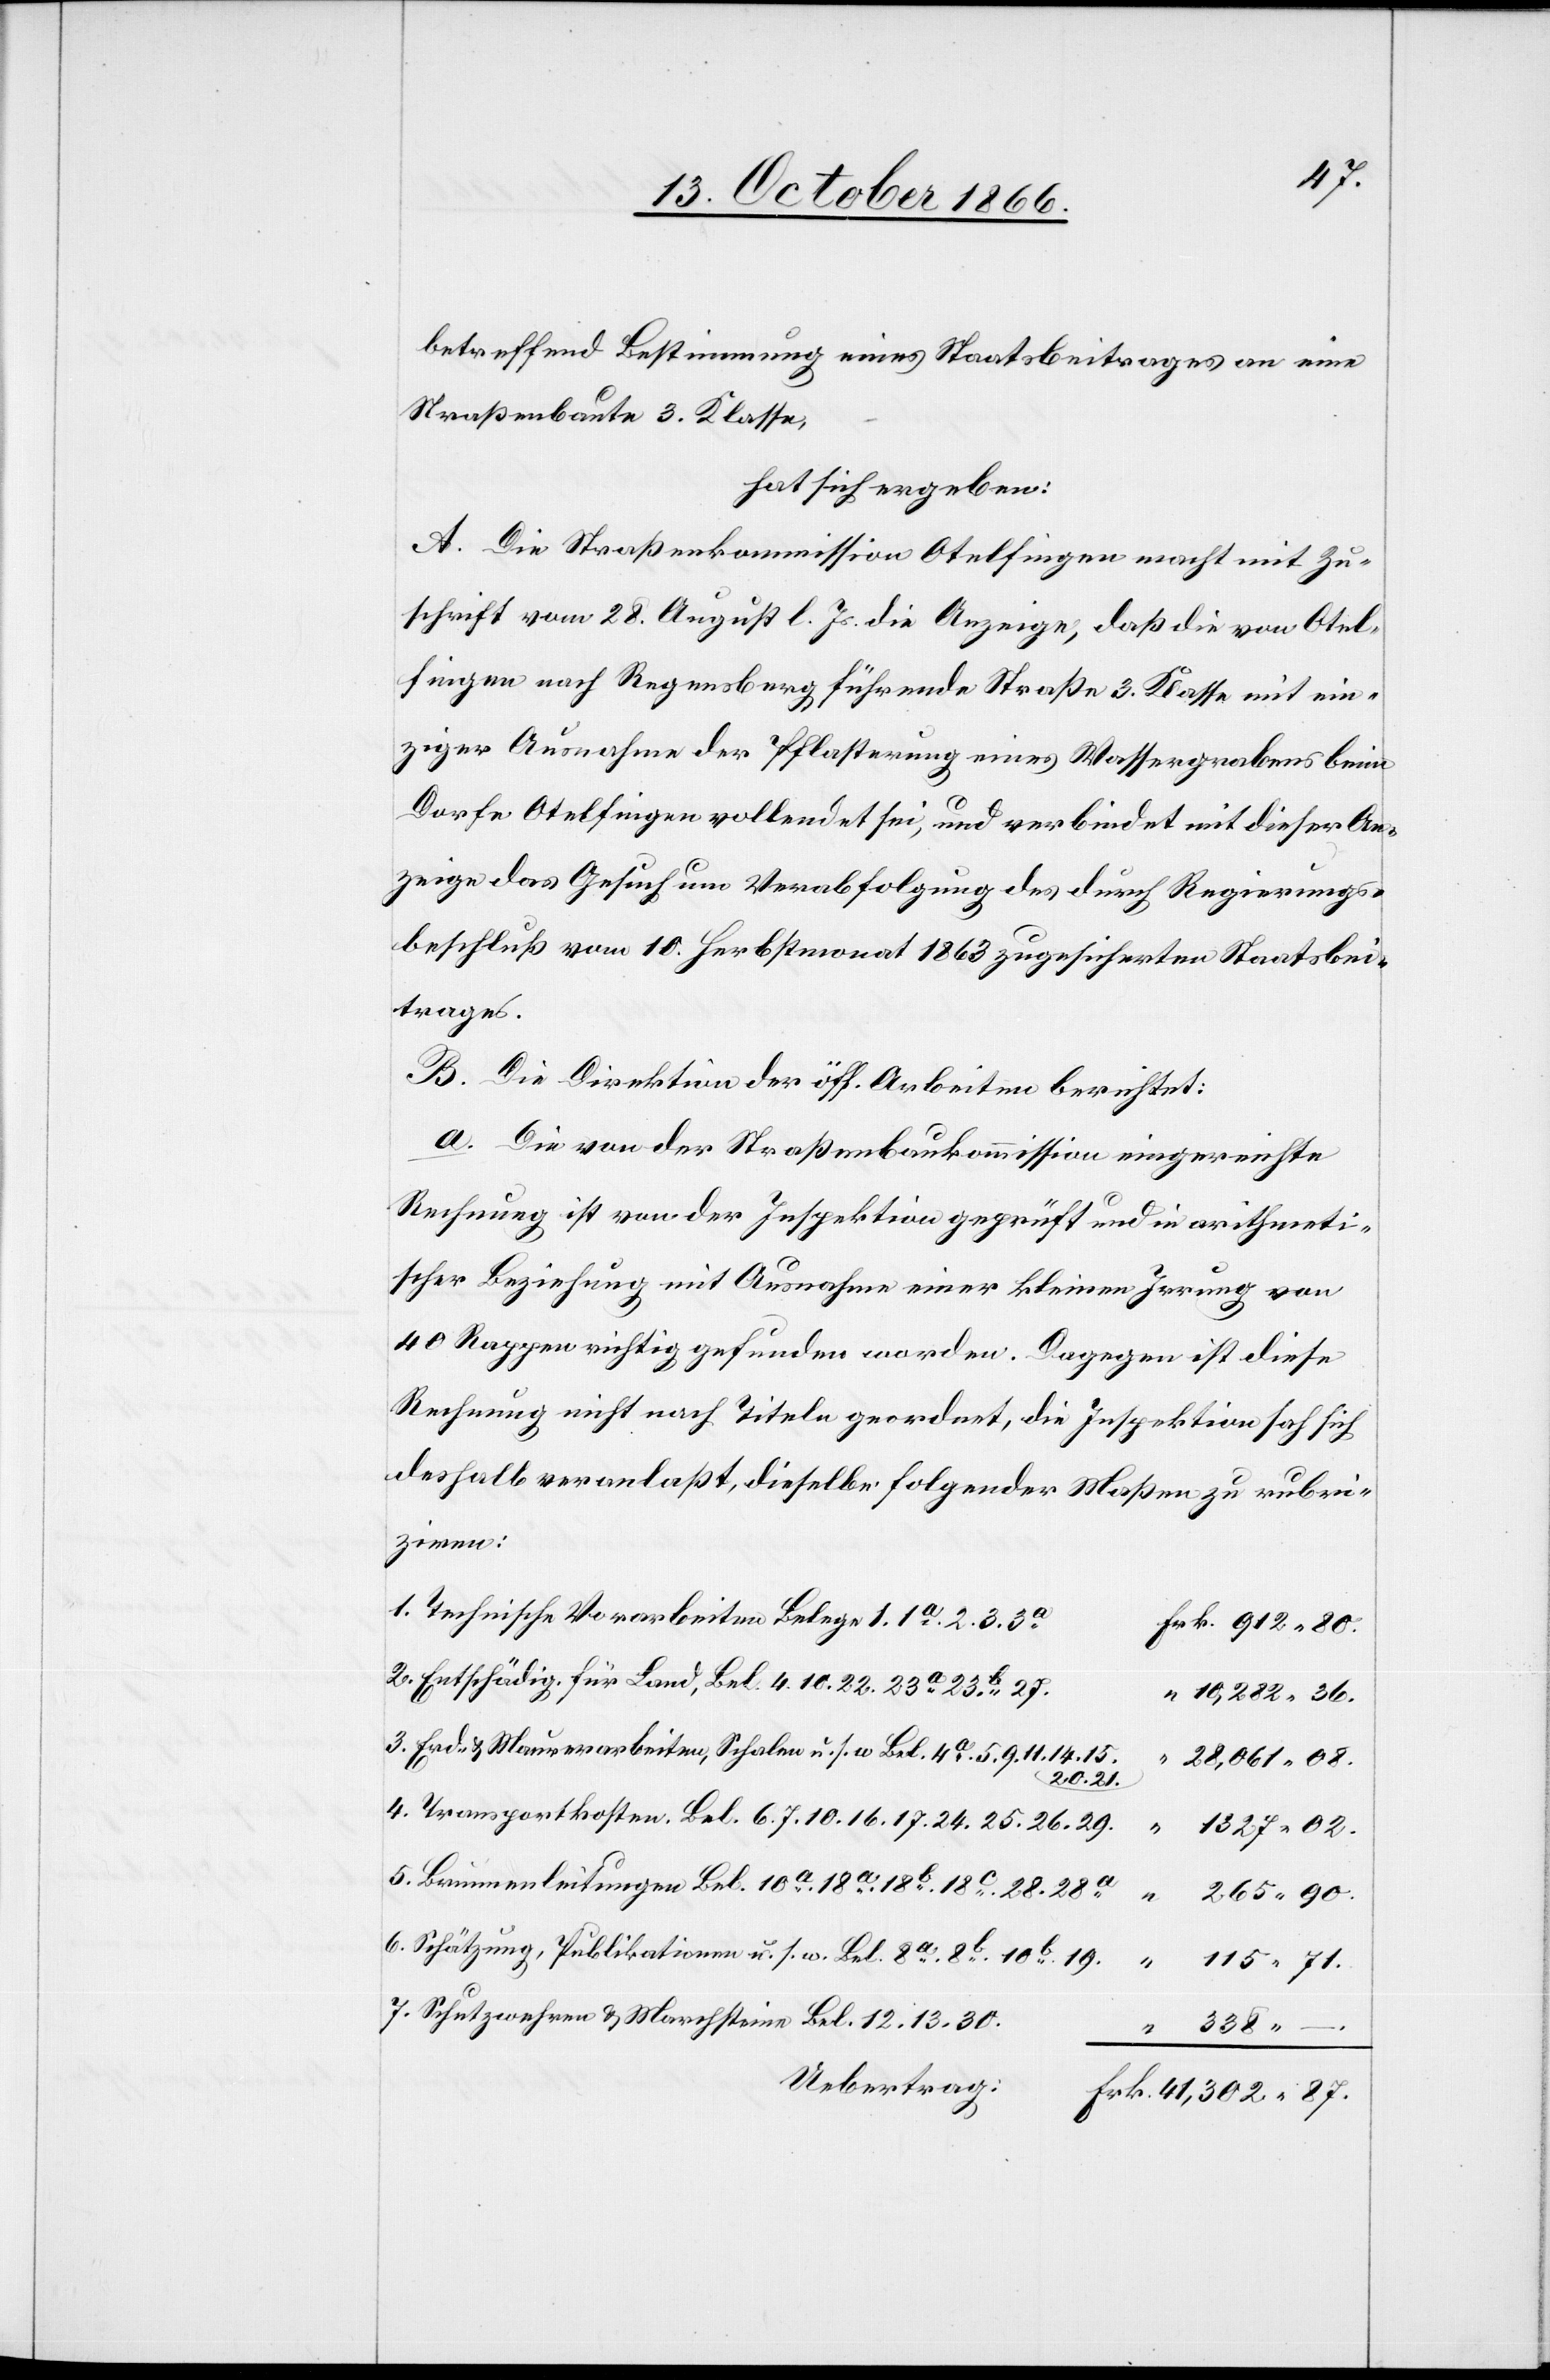
87.
betreffend Bestimmung eines Staatsbeitrages an eine
Straßenbaute 3. Klasse,
hat sich ergeben:
A. Die Straßenkommission Otelfingen macht mit Zu¬
schrift vom 28. August l. Js. die Anzeige, daß die von Otel¬
fingen nach Regensberg führende Straße 3. Klasse mit ein¬
ziger Ausnahme der Pflasterung eines Wassergrabens beim
Dorfe Otelfingen vollendet sei, und verbindet mit dieser An¬
zeige das Gesuch um Verabfolgung des durch Regierungs¬
beschluß vom 10. Herbstmonat 1863 zugesicherten Staatsbei¬
trages.
B. Die Direktion der öff. Arbeiten berichtet:
a. Die von der Straßenbaukommission eingereichte
Rechnung ist von der Inspektion geprüft und in arithmeti¬
scher Beziehung mit Ausnahme einer kleinen Irrung von
40 Rappen richtig gefunden worden. Dagegen ist diese
Rechnung nicht nach Titeln geordnet, die Inspektion sah sich
deshalb veranlaßt, dieselbe folgender Maßen zu rubri¬
ziren:
Technische Vorarbeiten Belege 1. 1a. 2. 3. 3a.
Entschädig. für Land, Bel. 4. 10. 22. 23a. 23b. 27.
10 282.
Erd- & Maurerarbeiten, Schalen u. s. w. Bel. 4a 5. 9. 11. 14. 15.
20. 21.
Transportkosten. Bel. 6. 7. 10 16. 17. 24. 25. 26. 29
–.
Brunnenleitungen Bel. 10a. 18a. 18b. 18c. 28. 28a.
302.
Schätzung, Publikationen u. s. w. Bel. 8a. 8b. 10b. 19.
41
71.
Schutzwehren & Marchsteine Bel. 12. 13. 30
Uebertrag: